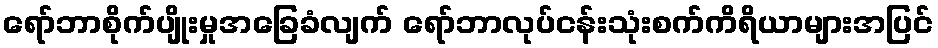
ရော်ဘာစိုက်ပျိုးမှုအခြေခံလျက် ရော်ဘာလုပ်ငန်းသုံးစက်ကိရိယာများအပြင်